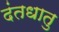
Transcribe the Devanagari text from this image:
दंतधातु